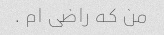
من که راضی ام .